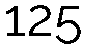
125